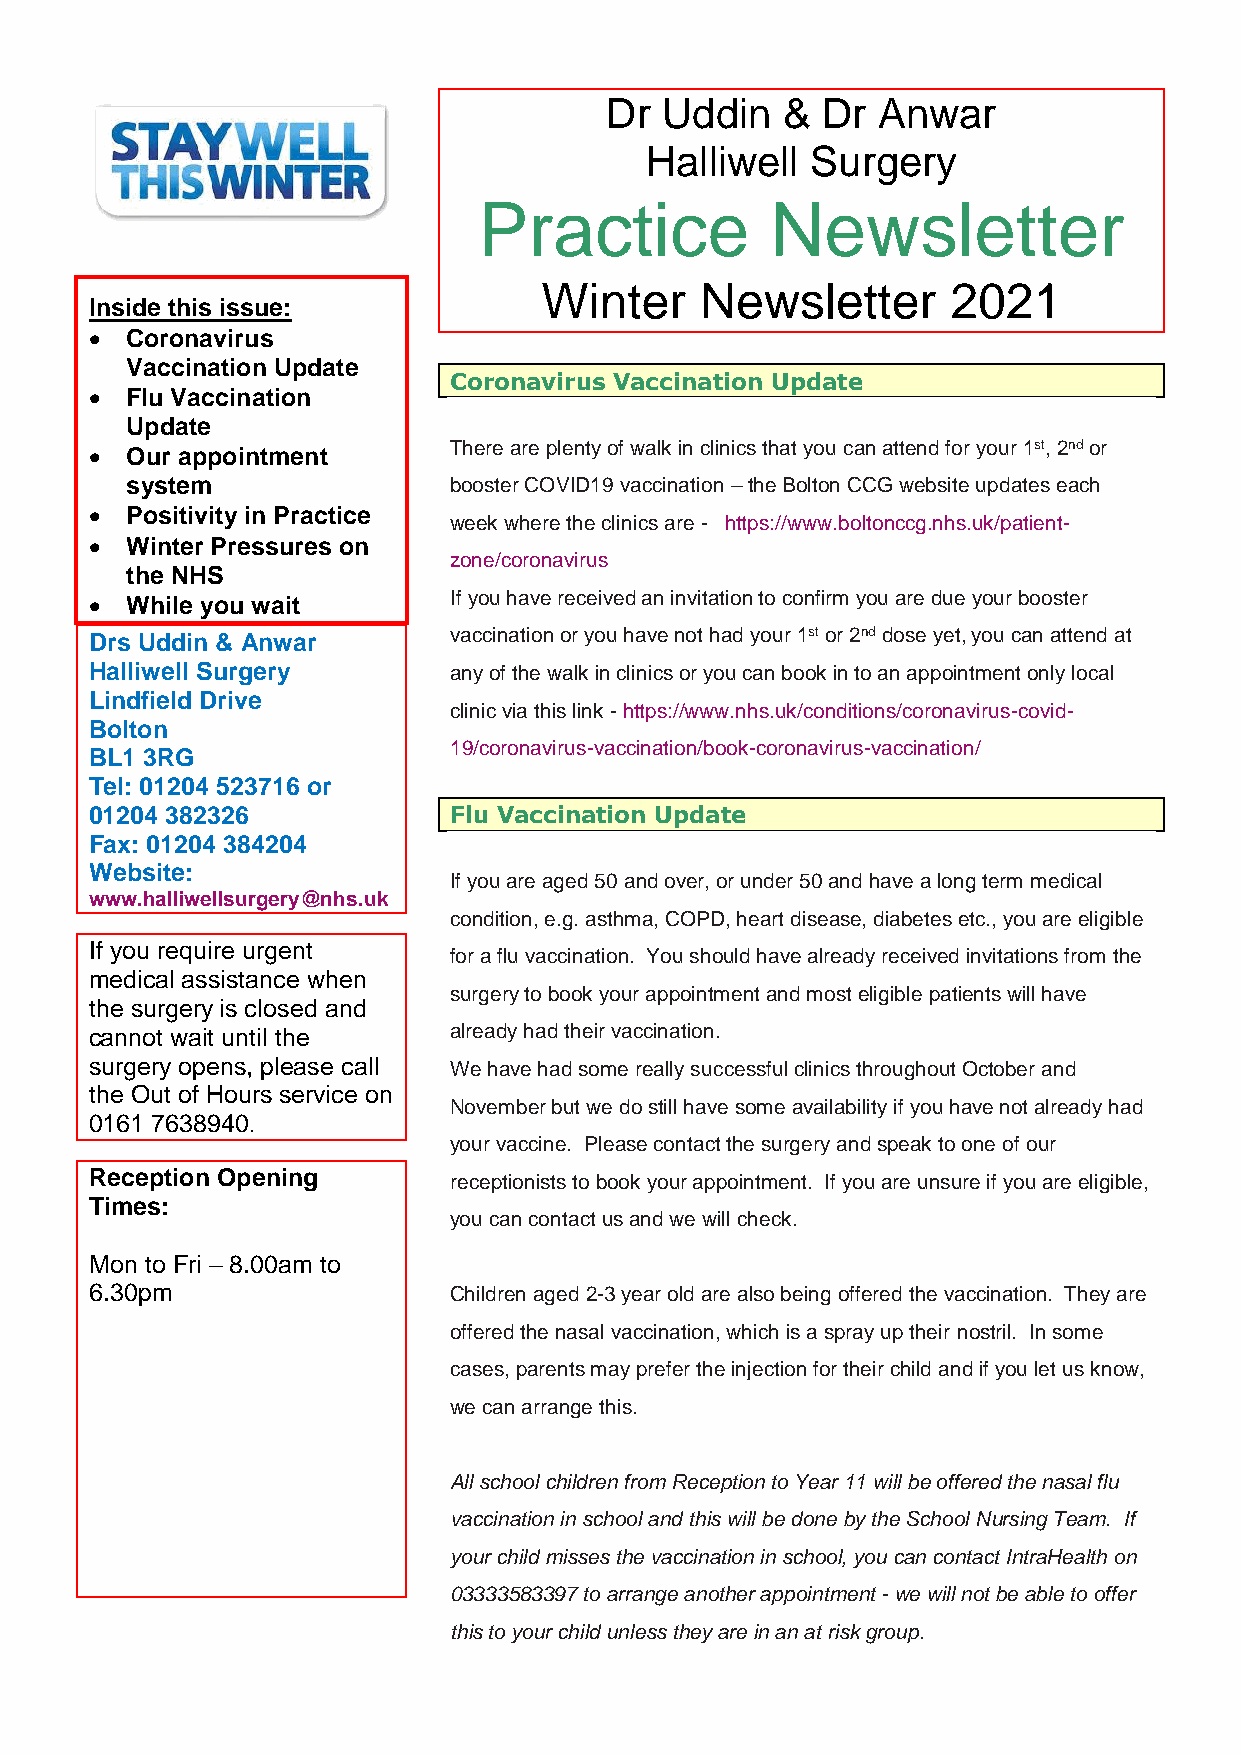
Dr  Uddin   & Dr  Anwar
 Halliwell  Surgery
 Practice           Newsletter
 Winter    Newsletter       2021
 Inside this issue:
  Coronavirus
 Vaccination Update
 Coronavirus Vaccination Update
  Flu Vaccination
 Update
 There are plenty of walk in clinics that you can attend for your 1st, 2nd or
  Our appointment
 system                booster COVID19 vaccination – the Bolton CCG website updates each
  Positivity in Practice
 week where the clinics are - https://www.boltonccg.nhs.uk/patient-
  Winter Pressures on
 zone/coronavirus
 the NHS
  While you wait        If you have received an invitation to confirm you are due your booster
 Drs Uddin & Anwar       vaccination or you have not had your 1st or 2nd dose yet, you can attend at
 Halliwell Surgery       any of the walk in clinics or you can book in to an appointment only local
 Lindfield Drive
 clinic via this link - https://www.nhs.uk/conditions/coronavirus-covid-
 Bolton
 19/coronavirus-vaccination/book-coronavirus-vaccination/
 BL1 3RG
 Tel: 01204 523716 or
 01204 382326            Flu Vaccination Update
 Fax: 01204 384204
 Website:
 If you are aged 50 and over, or under 50 and have a long term medical
 www.halliwellsurgery@nhs.uk
 condition, e.g. asthma, COPD, heart disease, diabetes etc., you are eligible
 If you require urgent
 for a flu vaccination. You should have already received invitations from the
 medical assistance when
 surgery to book your appointment and most eligible patients will have
 the surgery is closed and
 cannot wait until the   already had their vaccination.
 surgery opens, please call We have had some really successful clinics throughout October and
 the Out of Hours service on
 November but we do still have some availability if you have not already had
 0161 7638940.
 your vaccine. Please contact the surgery and speak to one of our
 Reception Opening       receptionists to book your appointment. If you are unsure if you are eligible,
 Times:
 you can contact us and we will check.
 Mon to Fri – 8.00am to
 6.30pm                  Children aged 2-3 year old are also being offered the vaccination. They are
 offered the nasal vaccination, which is a spray up their nostril. In some
 cases, parents may prefer the injection for their child and if you let us know,
 we can arrange this.
 All school children from Reception to Year 11 will be offered the nasal flu
 vaccination in school and this will be done by the School Nursing Team. If
 your child misses the vaccination in school, you can contact IntraHealth on
 03333583397 to arrange another appointment - we will not be able to offer
 this to your child unless they are in an at risk group.